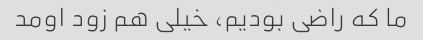
ما که راضی بودیم، خیلی هم زود اومد